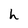
Character: h